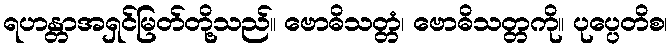
ရဟန္တာအရှင်မြတ်တို့သည်။ ဗောဓိသတ္တံ၊ ဗောဓိသတ္တကို။ ပုပ္ပေတိစ၊